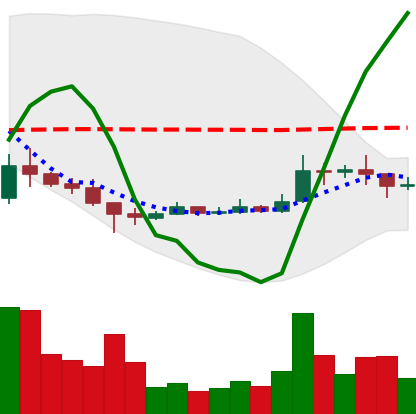
Ticker: XRP-USD
Chart end date: 2021-01-12
Forward return: -5.045%
Label: down_5_7